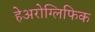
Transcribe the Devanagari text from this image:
हेअरोग्लिफिक